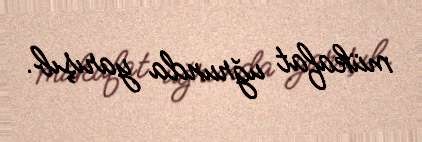
mükafat uğrunda yarışıb.